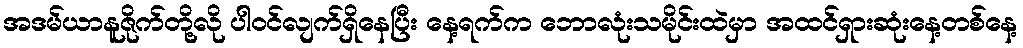
အဒမ်ယာနူဇိုက်တို့လို ပါဝင်လျက်ရှိနေပြီး နေ့ရက်က ဘောလုံးသမိုင်းထဲမှာ အထင်ရှားဆုံးနေ့တစ်နေ့